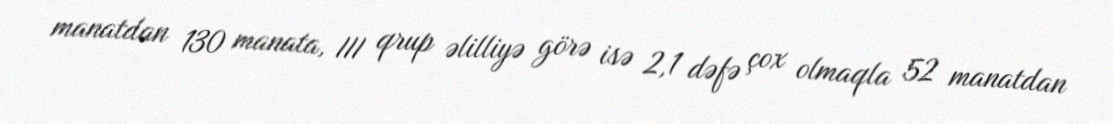
manatdan 130 manata, III qrup əlilliyə görə isə 2,1 dəfə çox olmaqla 52 manatdan